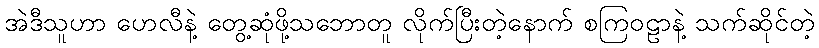
အဲဒီသူဟာ ဟေလီနဲ့ တွေ့ဆုံဖို့သဘောတူ လိုက်ပြီးတဲ့နောက် စကြဝဠာနဲ့ သက်ဆိုင်တဲ့